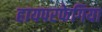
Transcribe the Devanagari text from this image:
हायपरफेगिया